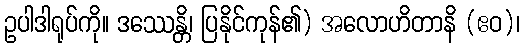
ဥပါဒါရုပ်ကို။ ဒဿေန္တိ၊ ပြနိုင်ကုန်၏) အလောဟိတာနိ (ဧဝ)၊